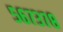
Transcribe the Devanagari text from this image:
५६७३७८